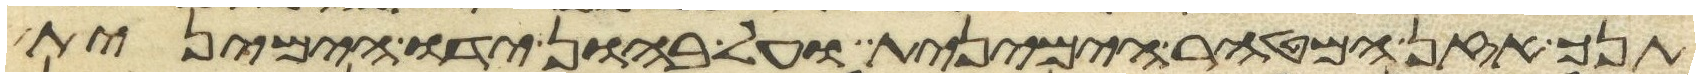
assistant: תנך אזן המטהר הימנית ועל בהון ידו הימנית